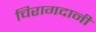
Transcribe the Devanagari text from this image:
चिरागदानी